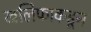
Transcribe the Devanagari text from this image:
खलिफाकडून